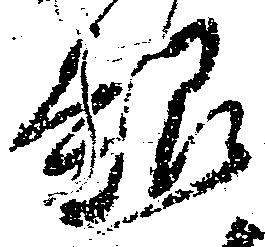
超